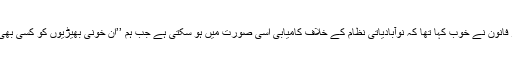
۱۹۵۸ میں الجزائر کے انقلابی فرانز فانون نے خوب کہا تھا کہ نوآبادیاتی نظام کے خلاف کامیابی اسی صورت میں ہو سکتی ہے جب ہم ’’ان خونی بھیڑیوں کو کسی بھی اکیلے دنبہ پر حملہ نہ کرنے دیں‘‘۔